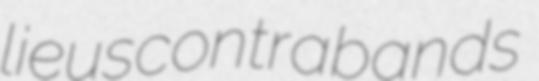
lieus contrabands